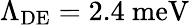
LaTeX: \Lambda_{\mathrm{DE}}=2.4~\mathrm{meV}